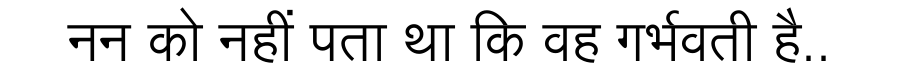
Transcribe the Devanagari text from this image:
नन को नहीं पता था कि वह गर्भवती है..